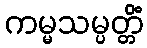
ကမ္မသမ္ပတ္တိံ